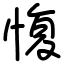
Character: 愎